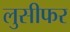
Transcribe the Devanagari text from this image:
लुसीफर